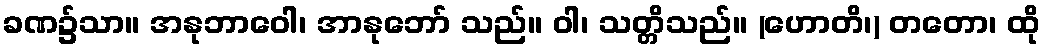
ခဏ၌သာ။ အနုဘာဝေါ၊ အာနုဘော် သည်။ ဝါ၊ သတ္တိသည်။ (ဟောတိ၊) တတော၊ ထို